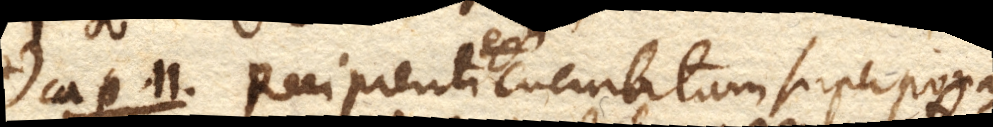
Cap. 11. Recipienti cucurbitam superponas,